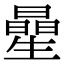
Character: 曐